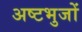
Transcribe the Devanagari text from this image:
अष्टभुजों